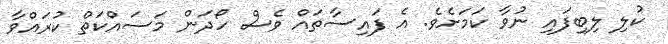
ކުލި ލިބިފައި ނުވާ ކަމަށެވެ. އެ ފައިސާތައް ވެސް ހޯދަން މަސައްކަތް ކުރައްވާ